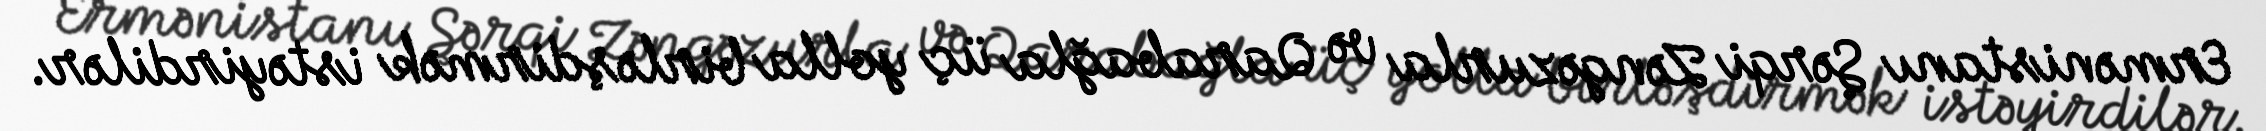
Ermənistanı Şərqi Zəngəzurla və Qarabağla üç yolla birləşdirmək istəyirdilər.